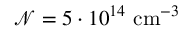
\mathcal { N } = 5 \cdot 1 0 ^ { 1 4 } \mathrm { ~ c m } ^ { - 3 }